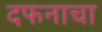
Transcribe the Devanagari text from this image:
दफनाचा